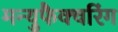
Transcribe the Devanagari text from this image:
मन्युफैक्चरिंग